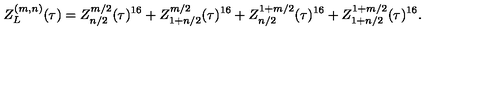
Z _ { L } ^ { ( m , n ) } ( \tau ) = Z _ { n / 2 } ^ { m / 2 } ( \tau ) ^ { 1 6 } + Z _ { 1 + n / 2 } ^ { m / 2 } ( \tau ) ^ { 1 6 } + Z _ { n / 2 } ^ { 1 + m / 2 } ( \tau ) ^ { 1 6 } + Z _ { 1 + n / 2 } ^ { 1 + m / 2 } ( \tau ) ^ { 1 6 } .